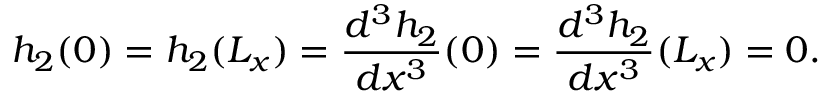
h _ { 2 } ( 0 ) = h _ { 2 } ( L _ { x } ) = \frac { d ^ { 3 } h _ { 2 } } { d x ^ { 3 } } ( 0 ) = \frac { d ^ { 3 } h _ { 2 } } { d x ^ { 3 } } ( L _ { x } ) = 0 .